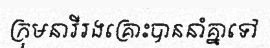
ក្រុមនារីរងគ្រោះបាននាំគ្នាទៅ